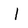
Character: I